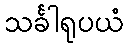
သင်္ခါရုပယံ